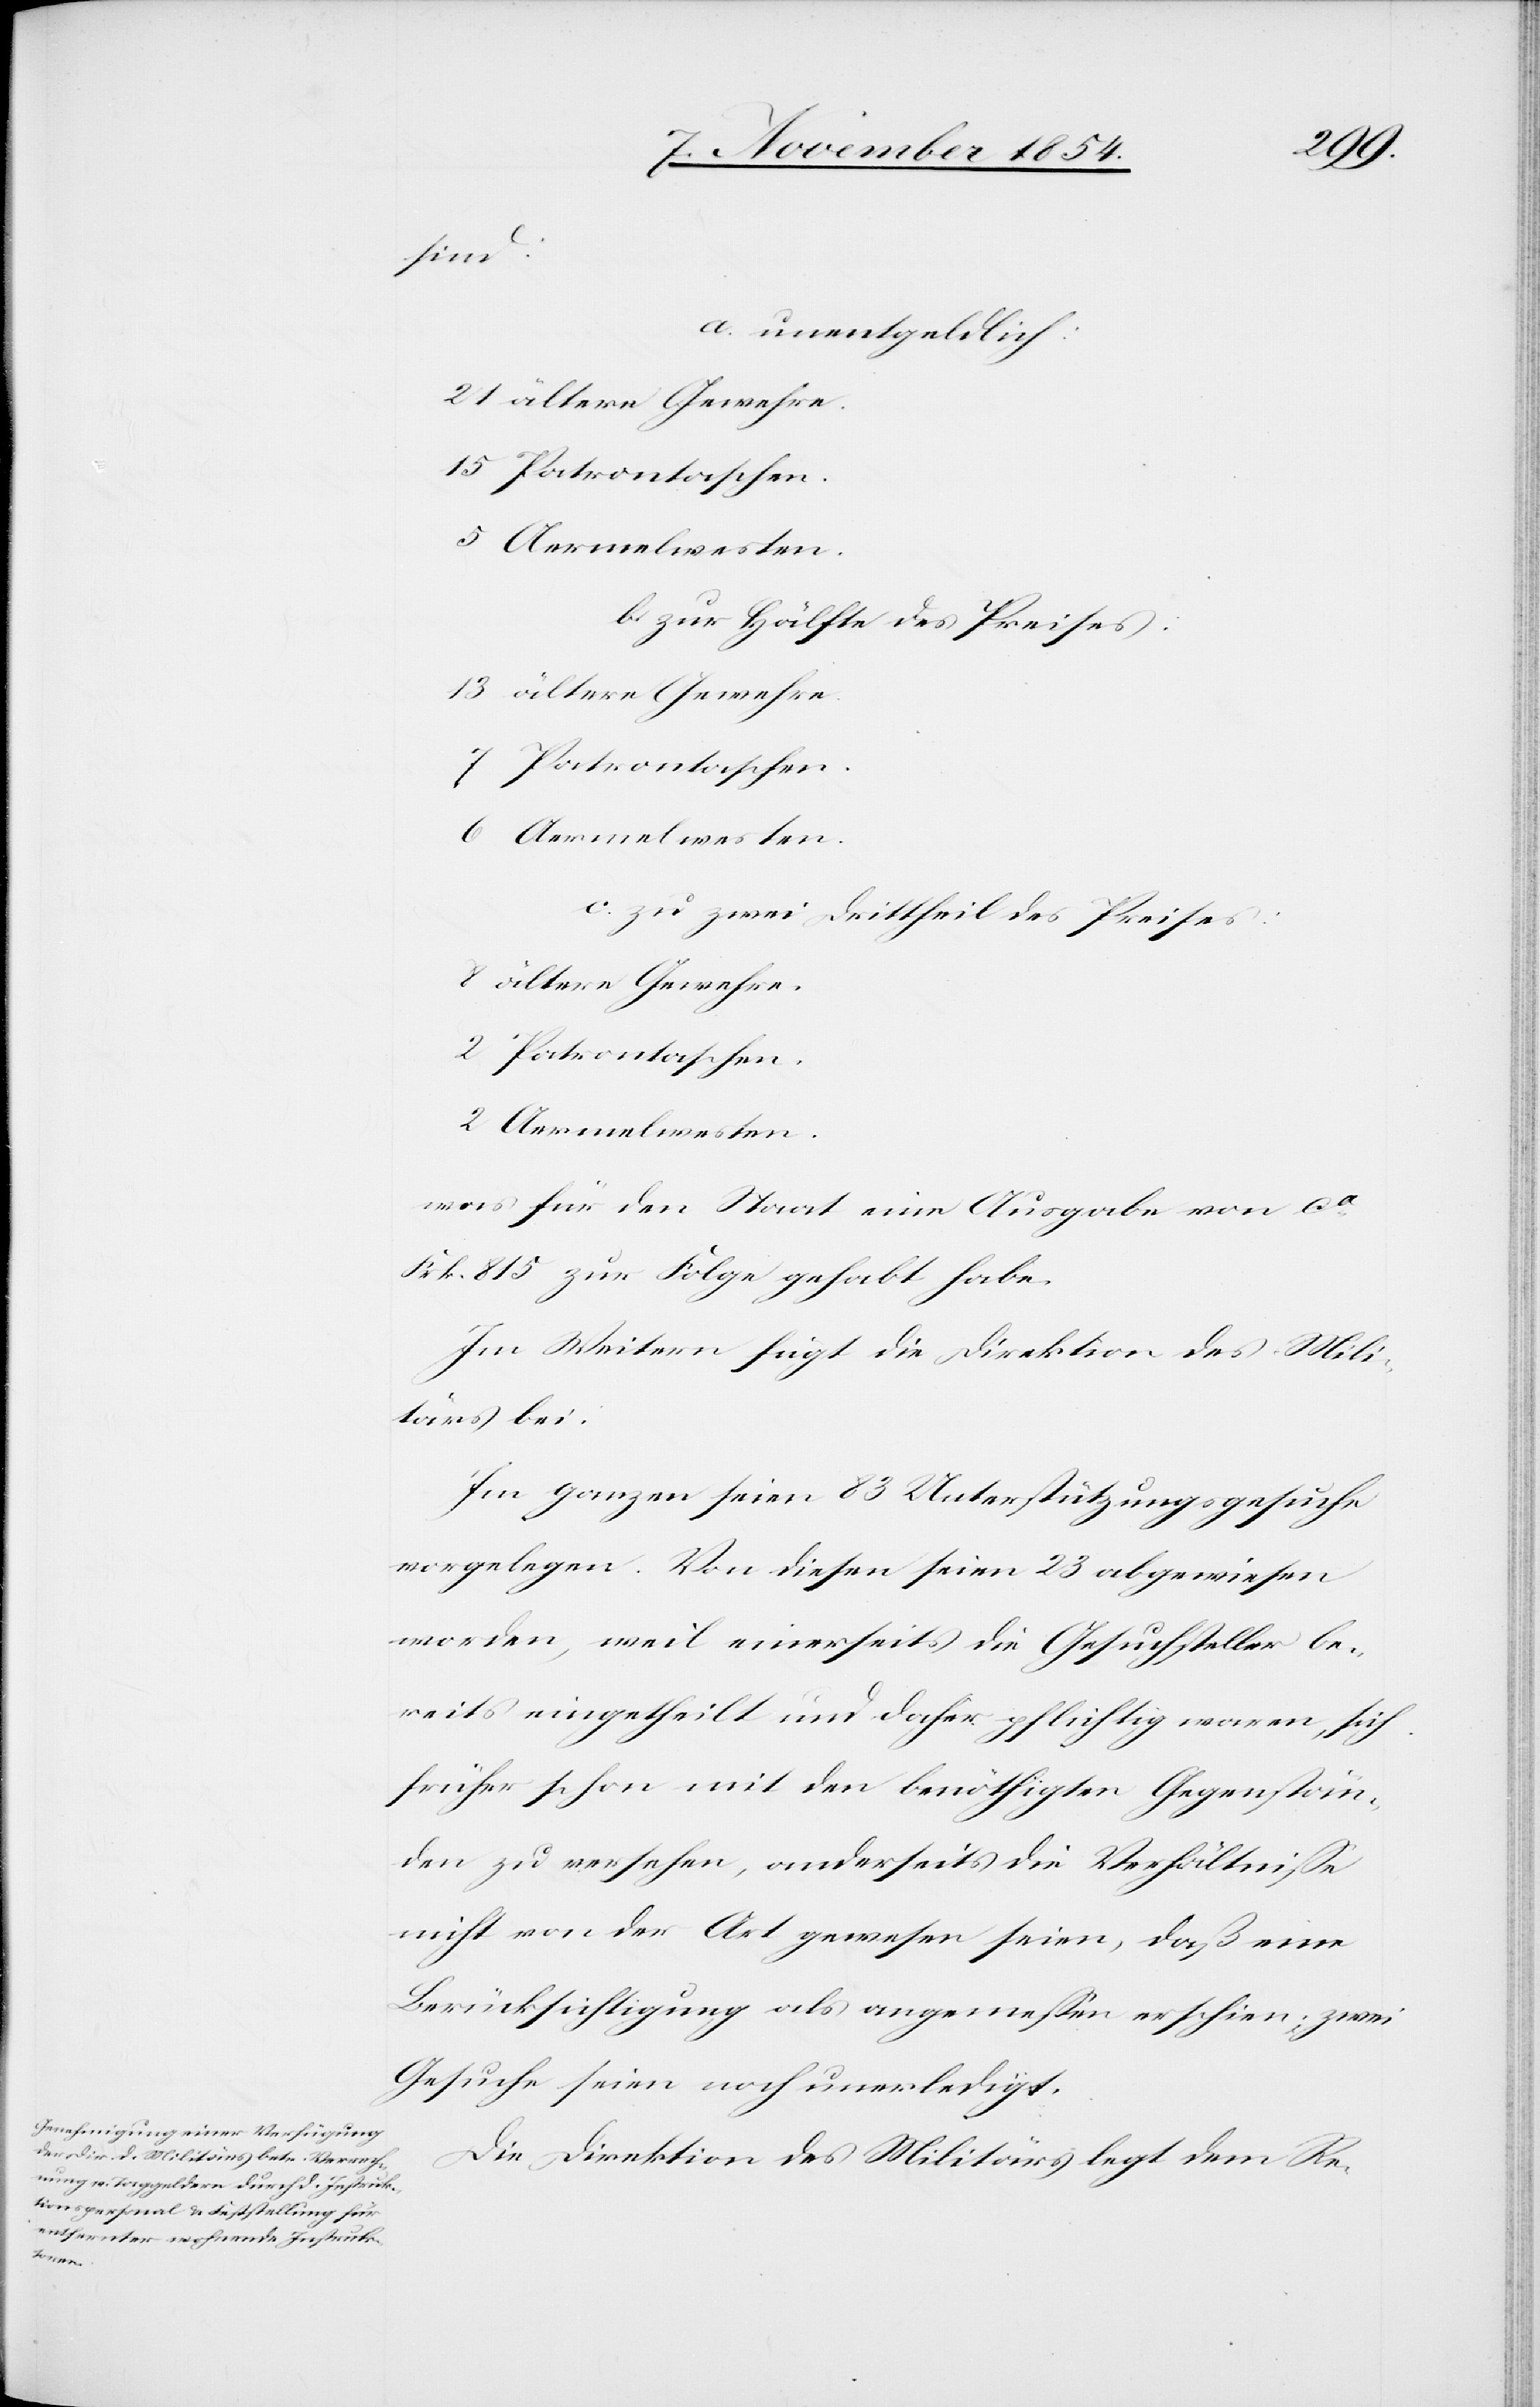
sind:
a. unentgeldlich:
Patrontaschen.
Aermelwesten.
b. zur Hälfte des Preises:
Aermelwesten.
c. zu zwei Drittheil des Preises:
ältere Gewehre.
was für den Staat eine Ausgabe von ca
Frk. 815 zu Folge gehabt habe.
Im Weitern fügt die Direktion des Mili¬
tärs bei:
Im ganzen seien 83 Unterstützungsgesuche
vorgelegen. Von diesen seien 23 abgewiesen
worden, weil einerseits die Gesuchsteller be¬
reits eingetheilt und daher pflichtig waren, sich
früher schon mit den benöthigten Gegenstän¬
den zu versehen, anderseits die Verhältniße
nicht von der Art gewesen seien, daß eine
Berücksichtigung als angemeßen erschien; zwei
Gesuche seien noch unerledigt.
Die Direktion des Militärs legt dem Re-

2